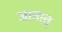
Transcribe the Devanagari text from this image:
जातात्